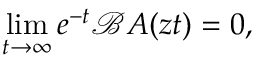
\operatorname* { l i m } _ { t \rightarrow \infty } e ^ { - t } \mathcal B A ( z t ) = 0 ,